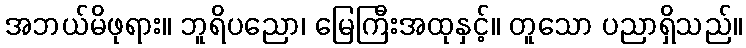
အဘယ်မိဖုရား။ ဘူရိပညော၊ မြေကြီးအထုနှင့်။ တူသော ပညာရှိသည်။